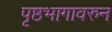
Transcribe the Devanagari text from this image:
पृष्ठभागावरुन